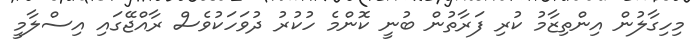
މިހިގާލުން އިންތިޒާމު ކުރި ފަރާތުން ބުނީ ކޮންމެ ހުކުރު ދުވަހަކުވެސް ރާއްޖޭގައި އިސްލާމީ